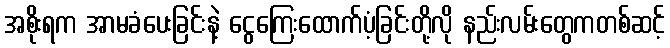
အစိုးရက အာမခံပေးခြင်းနဲ့ ငွေကြေးထောက်ပံ့ခြင်းတို့လို နည်းလမ်းတွေကတစ်ဆင့်